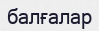
балғалар